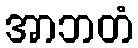
အာဘတံ